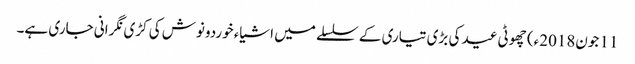
11 جون2018ء) چھوٹی عید کی بڑی تیاری کے سلسلے میں اشیاء خوردونوش کی کڑی نگرانی جاری ہے۔